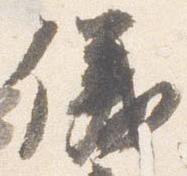
儀